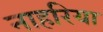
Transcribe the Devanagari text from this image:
नाहरिया